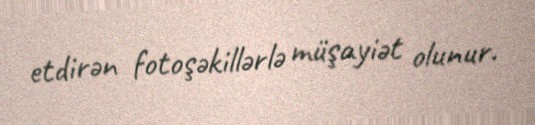
etdirən fotoşəkillərlə müşayiət olunur.